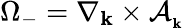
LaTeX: \Omega_{-}=\nabla_{\mathbf{k}}\times\mathcal{A}_{_{\mathbf{k}}}